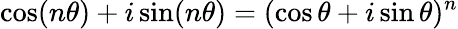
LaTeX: \cos(n\theta)+i\sin(n\theta)=(\cos\theta+i\sin\theta)^{n}